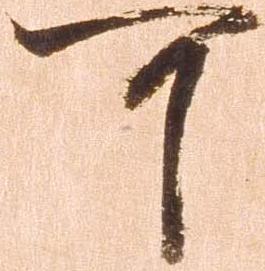
可